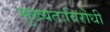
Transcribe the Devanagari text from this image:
मुख्यतःविरोधी